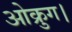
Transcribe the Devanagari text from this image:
ओक्रुग।